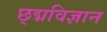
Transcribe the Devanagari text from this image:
छ्द्मविज्ञान